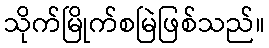
သိုက်မြိုက်စမြဲဖြစ်သည်။